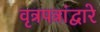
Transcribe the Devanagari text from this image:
वृत्रपत्रांद्वारे